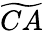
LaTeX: \widetilde{CA}